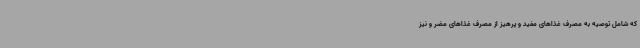
که شامل توصیه به مصرف غذاهای مفید و پرهیز از مصرف غذاهای مضر و نیز